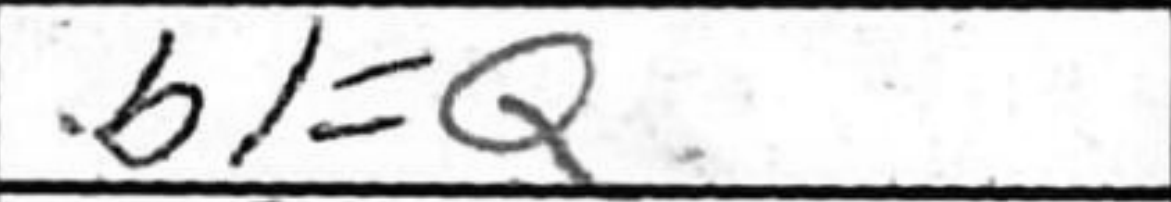
Transcription: b1=Q